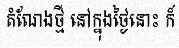
តំណែងថ្មី នៅក្នុងថ្ងៃនោះ ក៏